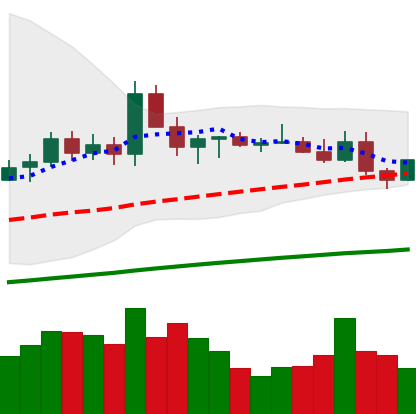
Ticker: ETC-USD
Chart end date: 2021-03-26
Forward return: 19.634%
Label: up_7plus